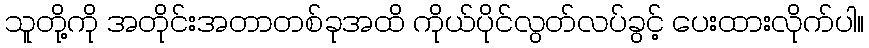
သူတို့ကို အတိုင်းအတာတစ်ခုအထိ ကိုယ်ပိုင်လွတ်လပ်ခွင့် ပေးထားလိုက်ပါ။